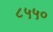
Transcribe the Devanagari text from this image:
८५५०